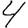
Digit: 4